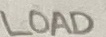
Text: LOAD